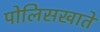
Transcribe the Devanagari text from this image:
पोलिसखातें